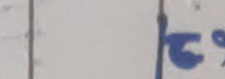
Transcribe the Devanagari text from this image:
च्या